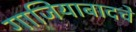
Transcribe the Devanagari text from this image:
गाजियाबादचे